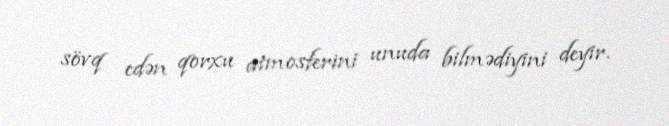
sövq edən qorxu atmosferini unuda bilmədiyini deyir.